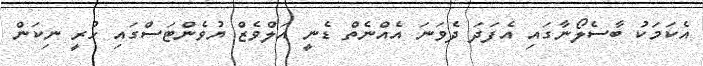
އެކަމަކު ބާސެލޯނާގައި އެފަދަ ދެވަނަ އެއްނެތް ޑެނީ އަލްވެޒް ޔުވެންޓަސްގައި ހުރީ ނިކަން